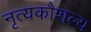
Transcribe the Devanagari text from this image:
नृत्यकौशल्य